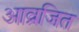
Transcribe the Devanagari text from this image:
आव्रजित